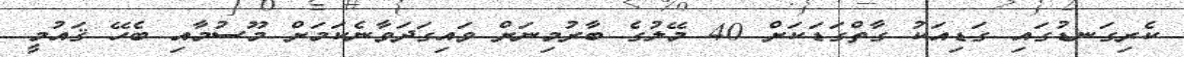
ކެރިގަނޑުގައި ގަޑިއަކު ގާތްގަޑަކަށް 40 މޭލުގެ ބާރުމިނަށް ވައިގަދަވާނެކަމަށް މޫސުމާއި ބެހޭ ޤައުމީ